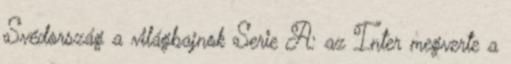
Svédország a világbajnok Serie A: az Inter megverte a